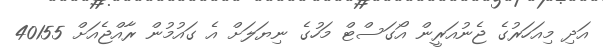
އަދި މިއަހަރުގެ ޖެނުއަރީން އޯގަސްޓް މަހުގެ ނިޔަލަށް އެ ގައުމުން ރާއްޖެއަށް 40155